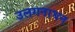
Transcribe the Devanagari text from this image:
उलगनाथन